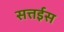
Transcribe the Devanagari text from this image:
सत्तईस